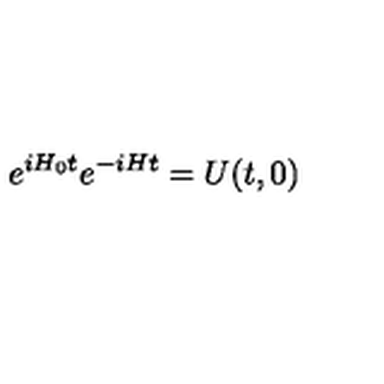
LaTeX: e ^ { i H _ { 0 } t } e ^ { - i H t } = U ( t , 0 )